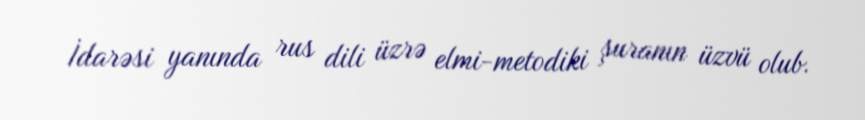
İdarəsi yanında rus dili üzrə elmi-metodiki şuranın üzvü olub.